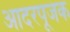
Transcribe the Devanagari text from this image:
आदरपूजक